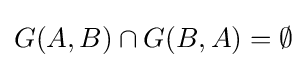
G(A,B)\cap G(B,A)=\emptyset